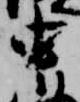
申